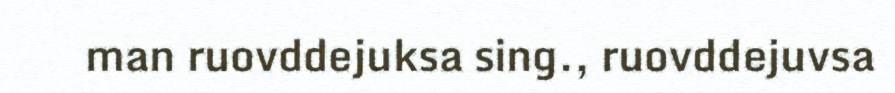
man ruovddejuksa sing., ruovddejuvsa